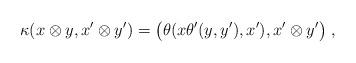
LaTeX: \begin{align*}\kappa(x\otimes y,x'\otimes y') = \bigl(\theta(x\theta'(y,y'),x'),x'\otimes y'\bigr)\;,\end{align*}